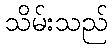
သိမ်းသည်